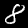
Label: 8